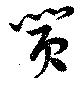
囂